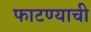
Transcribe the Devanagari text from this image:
फाटण्याची